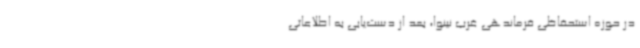
در حوزه استحفاظی فرماندهی غرب نینوا، بعد از دست‌یابی به اطلاعاتی